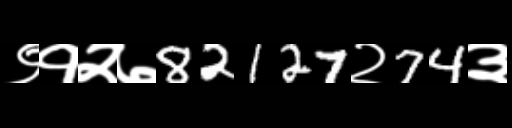
Text: ९१२७82127२74३